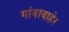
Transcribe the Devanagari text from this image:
गांवाबाहेर